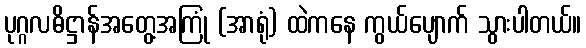
ပုဂ္ဂလဓိဋ္ဌာန်အတွေ့အကြုံ (အာရုံ) ထဲကနေ ကွယ်ပျောက် သွားပါတယ်။